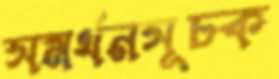
সমর্থনসূচক